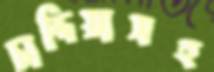
চান্দিয়াসহ